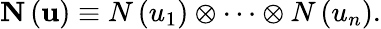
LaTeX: \mathbf{N}\left(\mathbf{u}\right)\equiv N\left(u_{1}\right)\otimes\cdots\otimes N\left(u_{n}\right).